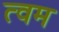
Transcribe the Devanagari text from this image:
त्वम